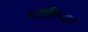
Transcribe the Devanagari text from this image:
रुजविण्यास